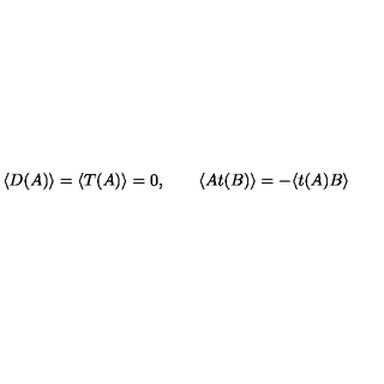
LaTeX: \langle D ( A ) \rangle = \langle T ( A ) \rangle = 0 , \qquad \langle A t ( B ) \rangle = - \langle t ( A ) B \rangle